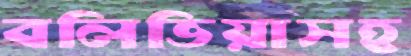
বলিভিয়াসহ